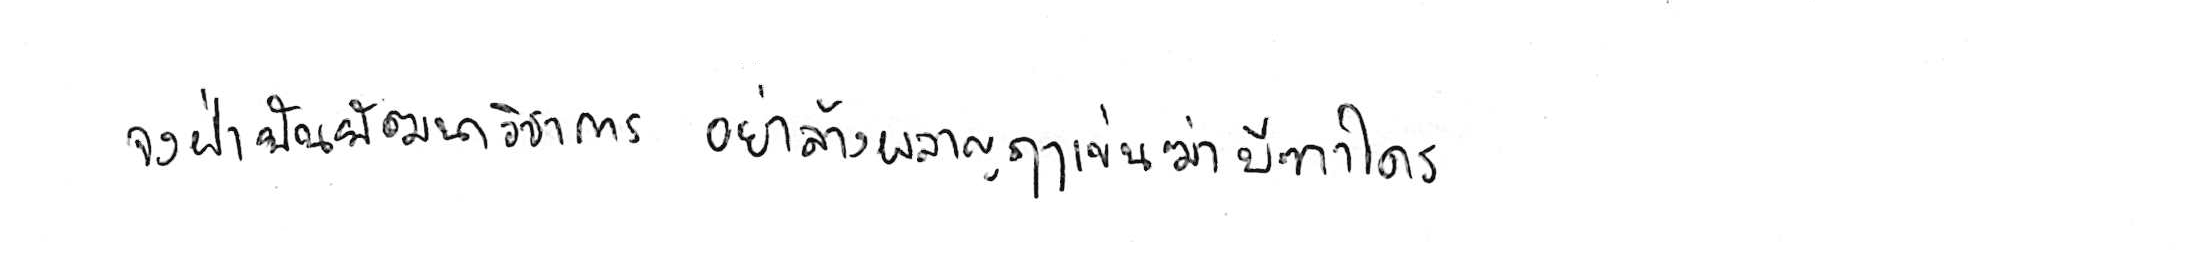
จงฝ่าฟันพัฒนาวิชาการ อย่าล้างผลาญฤๅเข่นฆ่าบีฑาใคร